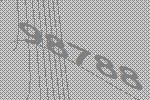
98788